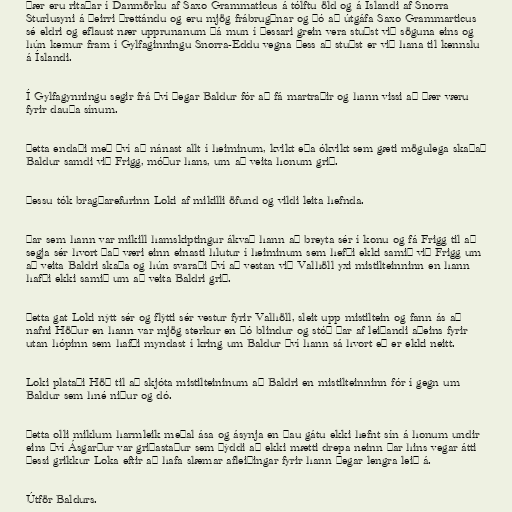
Þær eru ritaðar í Danmörku af Saxo Grammaticus á tólftu öld og á Íslandi af Snorra
Sturlusyni á þeirri þrettándu og eru mjög frábrugðnar og þó að útgáfa Saxo Grammarticus
sé eldri og eflaust nær upprunanum þá mun í þessari grein vera stuðst við söguna eins og
hún kemur fram í Gylfaginningu Snorra-Eddu vegna þess að stuðst er við hana til kennslu
á Íslandi.

Í Gylfagynningu segir frá því þegar Baldur fór að fá martraðir og hann vissi að þær væru
fyrir dauða sínum.

Þetta endaði með því að nánast allt í heiminum, kvikt eða ókvikt sem gæti mögulega skaðað
Baldur samdi við Frigg, móður hans, um að veita honum grið.

Þessu tók bragðarefurinn Loki af mikilli öfund og vildi leita hefnda.

Þar sem hann var mikill hamskiptingur ákvað hann að breyta sér í konu og fá Frigg til að
segja sér hvort það væri einn einasti hlutur í heiminum sem hefði ekki samið við Frigg um
að veita Baldri skaða og hún svaraði því að vestan við Valhöll yxi mistilteinninn en hann
hafði ekki samið um að veita Baldri grið.

Þetta gat Loki nýtt sér og flýtti sér vestur fyrir Valhöll, sleit upp mistiltein og fann ás að
nafni Höður en hann var mjög sterkur en þó blindur og stóð þar af leiðandi aðeins fyrir
utan hópinn sem hafði myndast í kring um Baldur því hann sá hvort eð er ekki neitt.

Loki plataði Höð til að skjóta mistilteininum að Baldri en mistilteinninn fór í gegn um
Baldur sem hné niður og dó.

Þetta olli miklum harmleik meðal ása og ásynja en þau gátu ekki hefnt sín á honum undir
eins því Ásgarður var griðastaður sem þýddi að ekki mætti drepa neinn þar hins vegar átti
þessi grikkur Loka eftir að hafa slæmar afleiðingar fyrir hann þegar lengra leið á.

Útför Baldurs.